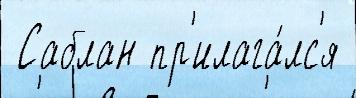
 Саблан пр'илага́лс'я